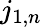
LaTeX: j_{1,n}